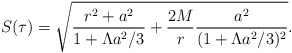
\begin{align*}S(\tau)=\sqrt{\frac{r^2+a^2}{1+\Lambda a^2/3}+\frac{2M}{r}\frac{a^2}{(1+\Lambda a^2/3)^2}}.\end{align*}